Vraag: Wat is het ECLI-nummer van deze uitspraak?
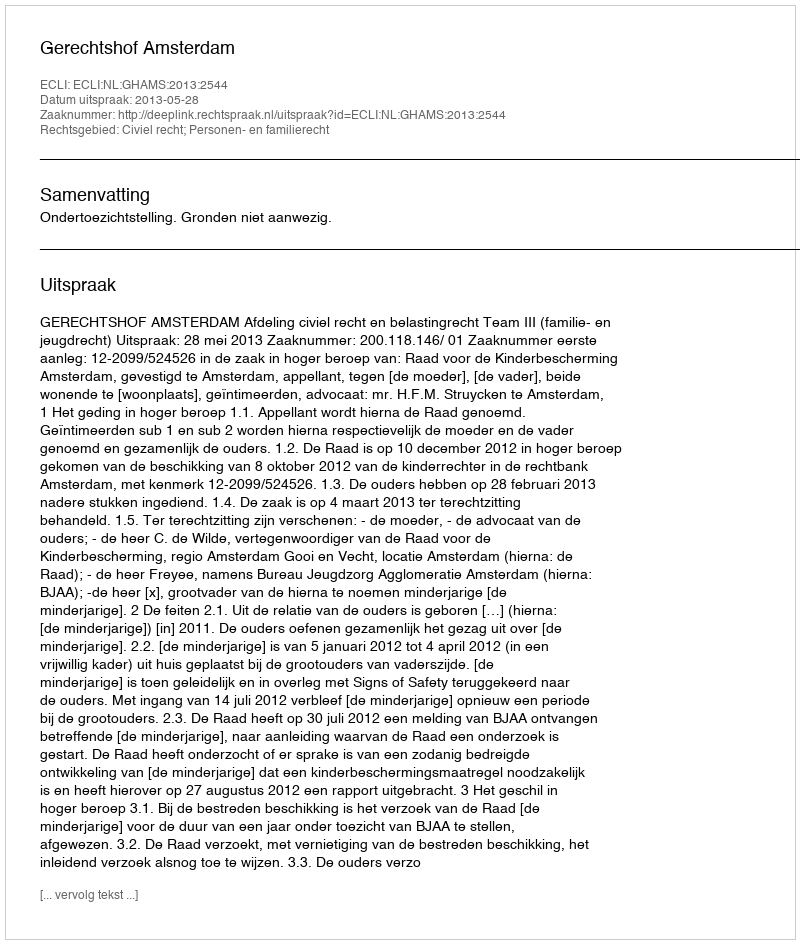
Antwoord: ECLI:NL:GHAMS:2013:2544